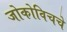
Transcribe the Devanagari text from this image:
जोकोविचचे